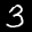
Label: 3